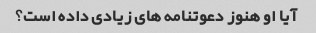
آیا او هنوز دعوتنامه های زیادی داده است؟